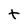
Character: t